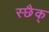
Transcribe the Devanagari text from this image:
स्छैक्